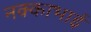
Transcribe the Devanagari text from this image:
नक्काभाई